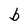
Character: b